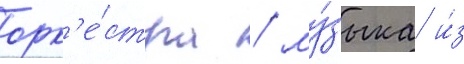
орк'е́стра / му́зыка и́з